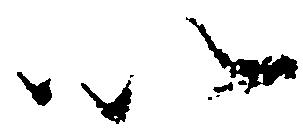
以